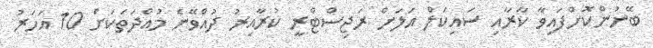
ބޭނުންކޮށްފައިވާ ކާރާއި ސައިކަލް އަލަށް ރަޖިސްޓްރީ ކުރާއިރު ދުއްވޭނެ މުއްދަތަކަށް 10 އަހަރު